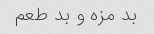
بد مزه و بد طعم